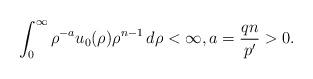
LaTeX: \begin{align*}\int_{0}^\infty \rho^{-a}u_0(\rho)\rho^{n-1}\,d\rho<\infty,a=\frac{qn}{p'}>0.\end{align*}